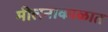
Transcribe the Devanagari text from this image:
मीलनाकाळात